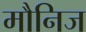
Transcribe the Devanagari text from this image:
मौनिज